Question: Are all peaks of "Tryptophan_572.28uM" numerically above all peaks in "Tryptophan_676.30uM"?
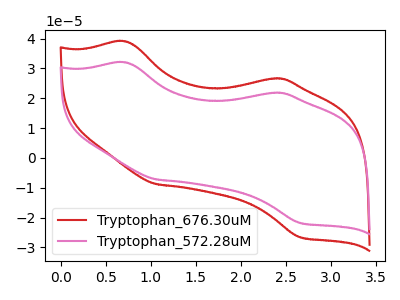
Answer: <think>The red curve "Tryptophan_676.30uM" has anodic peaks at (0.70V, 39.05uA) (2.35V, 26.60uA) and cathodic peaks at (1.05V, -8.80uA) (2.65V, -26.55uA). The pink curve "Tryptophan_572.28uM" has anodic peaks at (0.70V, 32.00uA) (2.35V, 21.80uA) and cathodic peaks at (1.05V, -7.20uA) (2.65V, -21.80uA).</think>
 <answer>Every peak in "Tryptophan_572.28uM" is lower than every peak in "Tryptophan_676.30uM".</answer>
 <eval>lower</eval>